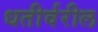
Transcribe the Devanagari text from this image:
धतीर्वरील